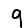
Digit: 9